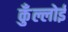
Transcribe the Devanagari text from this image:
कुँल्लोई